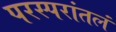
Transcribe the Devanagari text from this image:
परस्परांतलं